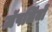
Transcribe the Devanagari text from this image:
ज़ॅपलिनों